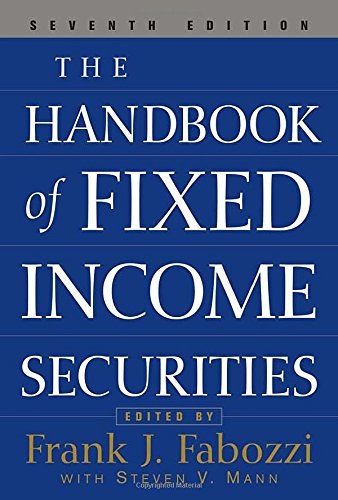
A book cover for The Handbook of Fixed Income Securities; Frank J. Fabozzi; Business & Money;